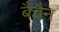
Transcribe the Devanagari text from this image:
बैचैन